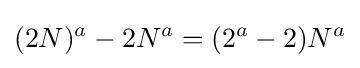
(2N)^{a}-2N^{a}=(2^{a}-2)N^{a}